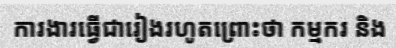
ការងារធ្វើជារៀងរហូតព្រោះថា កម្មករ និង